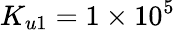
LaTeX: K_{u1}=1\times 10^{5}